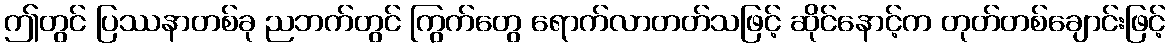
ဤတွင် ပြဿနာတစ်ခု ညဘက်တွင် ကြွက်တွေ ရောက်လာတတ်သဖြင့် ဆိုင်နောင့်က တုတ်တစ်ချောင်းဖြင့်